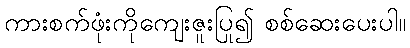
ကားစက်ဖုံးကိုကျေးဇူးပြု၍ စစ်ဆေးပေးပါ။